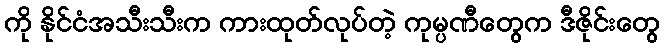
ကို နိုင်ငံအသီးသီးက ကားထုတ်လုပ်တဲ့ ကုမ္ပဏီတွေက ဒီဇိုင်းတွေ